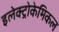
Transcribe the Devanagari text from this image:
इलेक्ट्रोकेमिकल